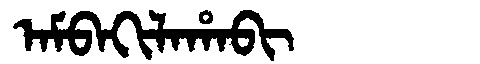
Manchu: ᠠᠮᠪᠠᡴᡳᠯᠠᡥᠠᠪᡳ
Romanization: AMBAKILAHABI